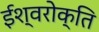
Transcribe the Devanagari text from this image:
ईश्वरोक्ति